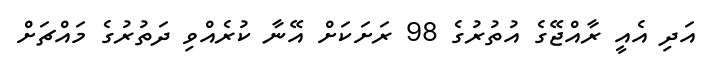
އަދި އެއީ ރާއްޖޭގެ އުތުރުގެ 98 ރަށަކަށް އޭނާ ކުރެއްވި ދަތުރުގެ މައްޗަށް